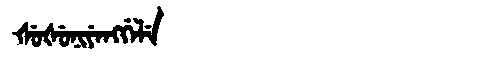
Manchu: ᡧᡠᡧᡠᠨᡳᠶᡝᠩᡤᡝᠯᡝ
Romanization: ŠUŠUNIYENGGELE